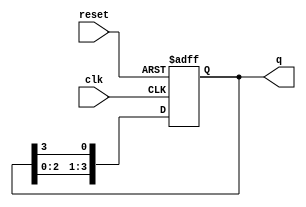
module ring_counter (
    input wire clk,        // Clock signal
    input wire reset,      // Asynchronous reset signal
    output reg [3:0] q     // 4-bit output representing the state of the ring counter
);

    // Initial state of the ring counter
    initial begin
        q = 4'b0001; // Start with the leftmost flip-flop set to high
    end

    // Sequential logic for the ring counter
    always @(posedge clk or posedge reset) begin
        if (reset) begin
            q <= 4'b0001; // Reset to initial state
        end else begin
            // Circular shift: move the high state to the right
            q <= {q[2:0], q[3]}; // Shift left and wrap around
        end
    end

endmodule